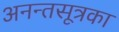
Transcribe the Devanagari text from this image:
अनन्तसूत्रका